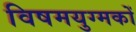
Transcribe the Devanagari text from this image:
विषमयुग्मकों